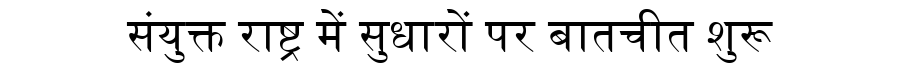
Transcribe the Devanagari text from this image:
संयुक्त राष्ट्र में सुधारों पर बातचीत शुरू